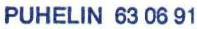
PUHELIN 63 06 91